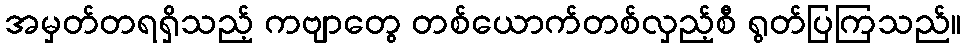
အမှတ်တရရှိသည့် ကဗျာတွေ တစ်ယောက်တစ်လှည့်စီ ရွတ်ပြကြသည်။